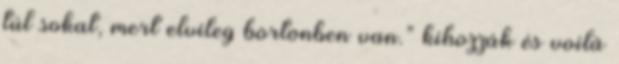
túl sokat, mert elvileg börtönben van.” kihozzák és voilá